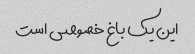
این یک باغ خصوصی است